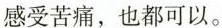
感受苦痛，也都可以。